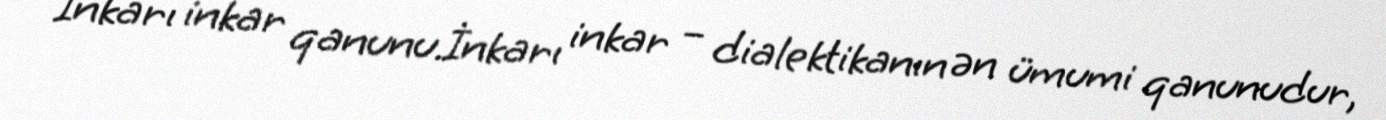
İnkarı inkar qanunu.İnkarı inkar – dialektikanın ən ümumi qanunudur,